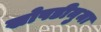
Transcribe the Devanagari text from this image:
खोपडीनुमा